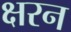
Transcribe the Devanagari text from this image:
क्षरन